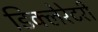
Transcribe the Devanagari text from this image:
डिक्लेरेटरी